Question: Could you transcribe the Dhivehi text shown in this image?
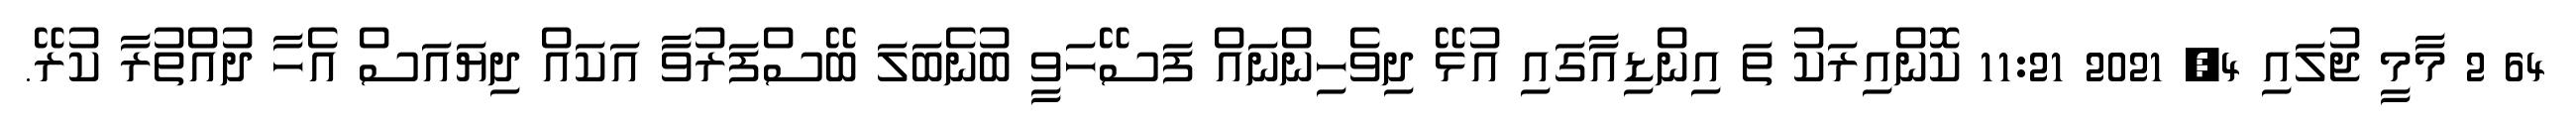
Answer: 64 2 މާމީ ޖުލައި 4, 2021 11:21 ކޮންއިރަކު ތަ އިންޑިއާގައި އުޅޭ ދިވެހިންނައް ފަސޭހަވީ ބުނެބަލަ ބޭސްފަރުވާ އަކައް ދިޔައަސް އެހާ ދުއްތުރާ ކުރޭ.